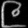
Digit: ၉